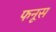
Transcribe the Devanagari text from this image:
फनूस